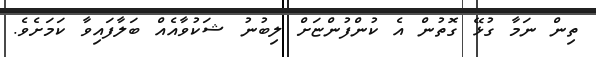
ތިން ނަމާ ގުޅޭ ގޮތުން އެ ކުންފުންޏަށް ލިބުނު ޝަކުވާއެއް ބަލާފައިވާ ކަމަށެވެ.